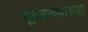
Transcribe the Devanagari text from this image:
भूस्वरूपाच्या